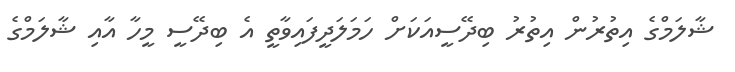
ޝާލަމްގެ އިތުރުން އިތުރު ބިދޭސީއަކަށް ހަމަލަދީފައިވާތީ އެ ބިދޭސީ މީހާ އާއި ޝާލަމްގެ